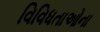
વિવિધતાઓના